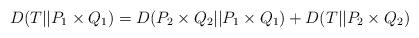
LaTeX: \begin{align*} D(T||P_1 \times Q_1) = D(P_2 \times Q_2||P_1 \times Q_1) + D(T||P_2 \times Q_2)\end{align*}